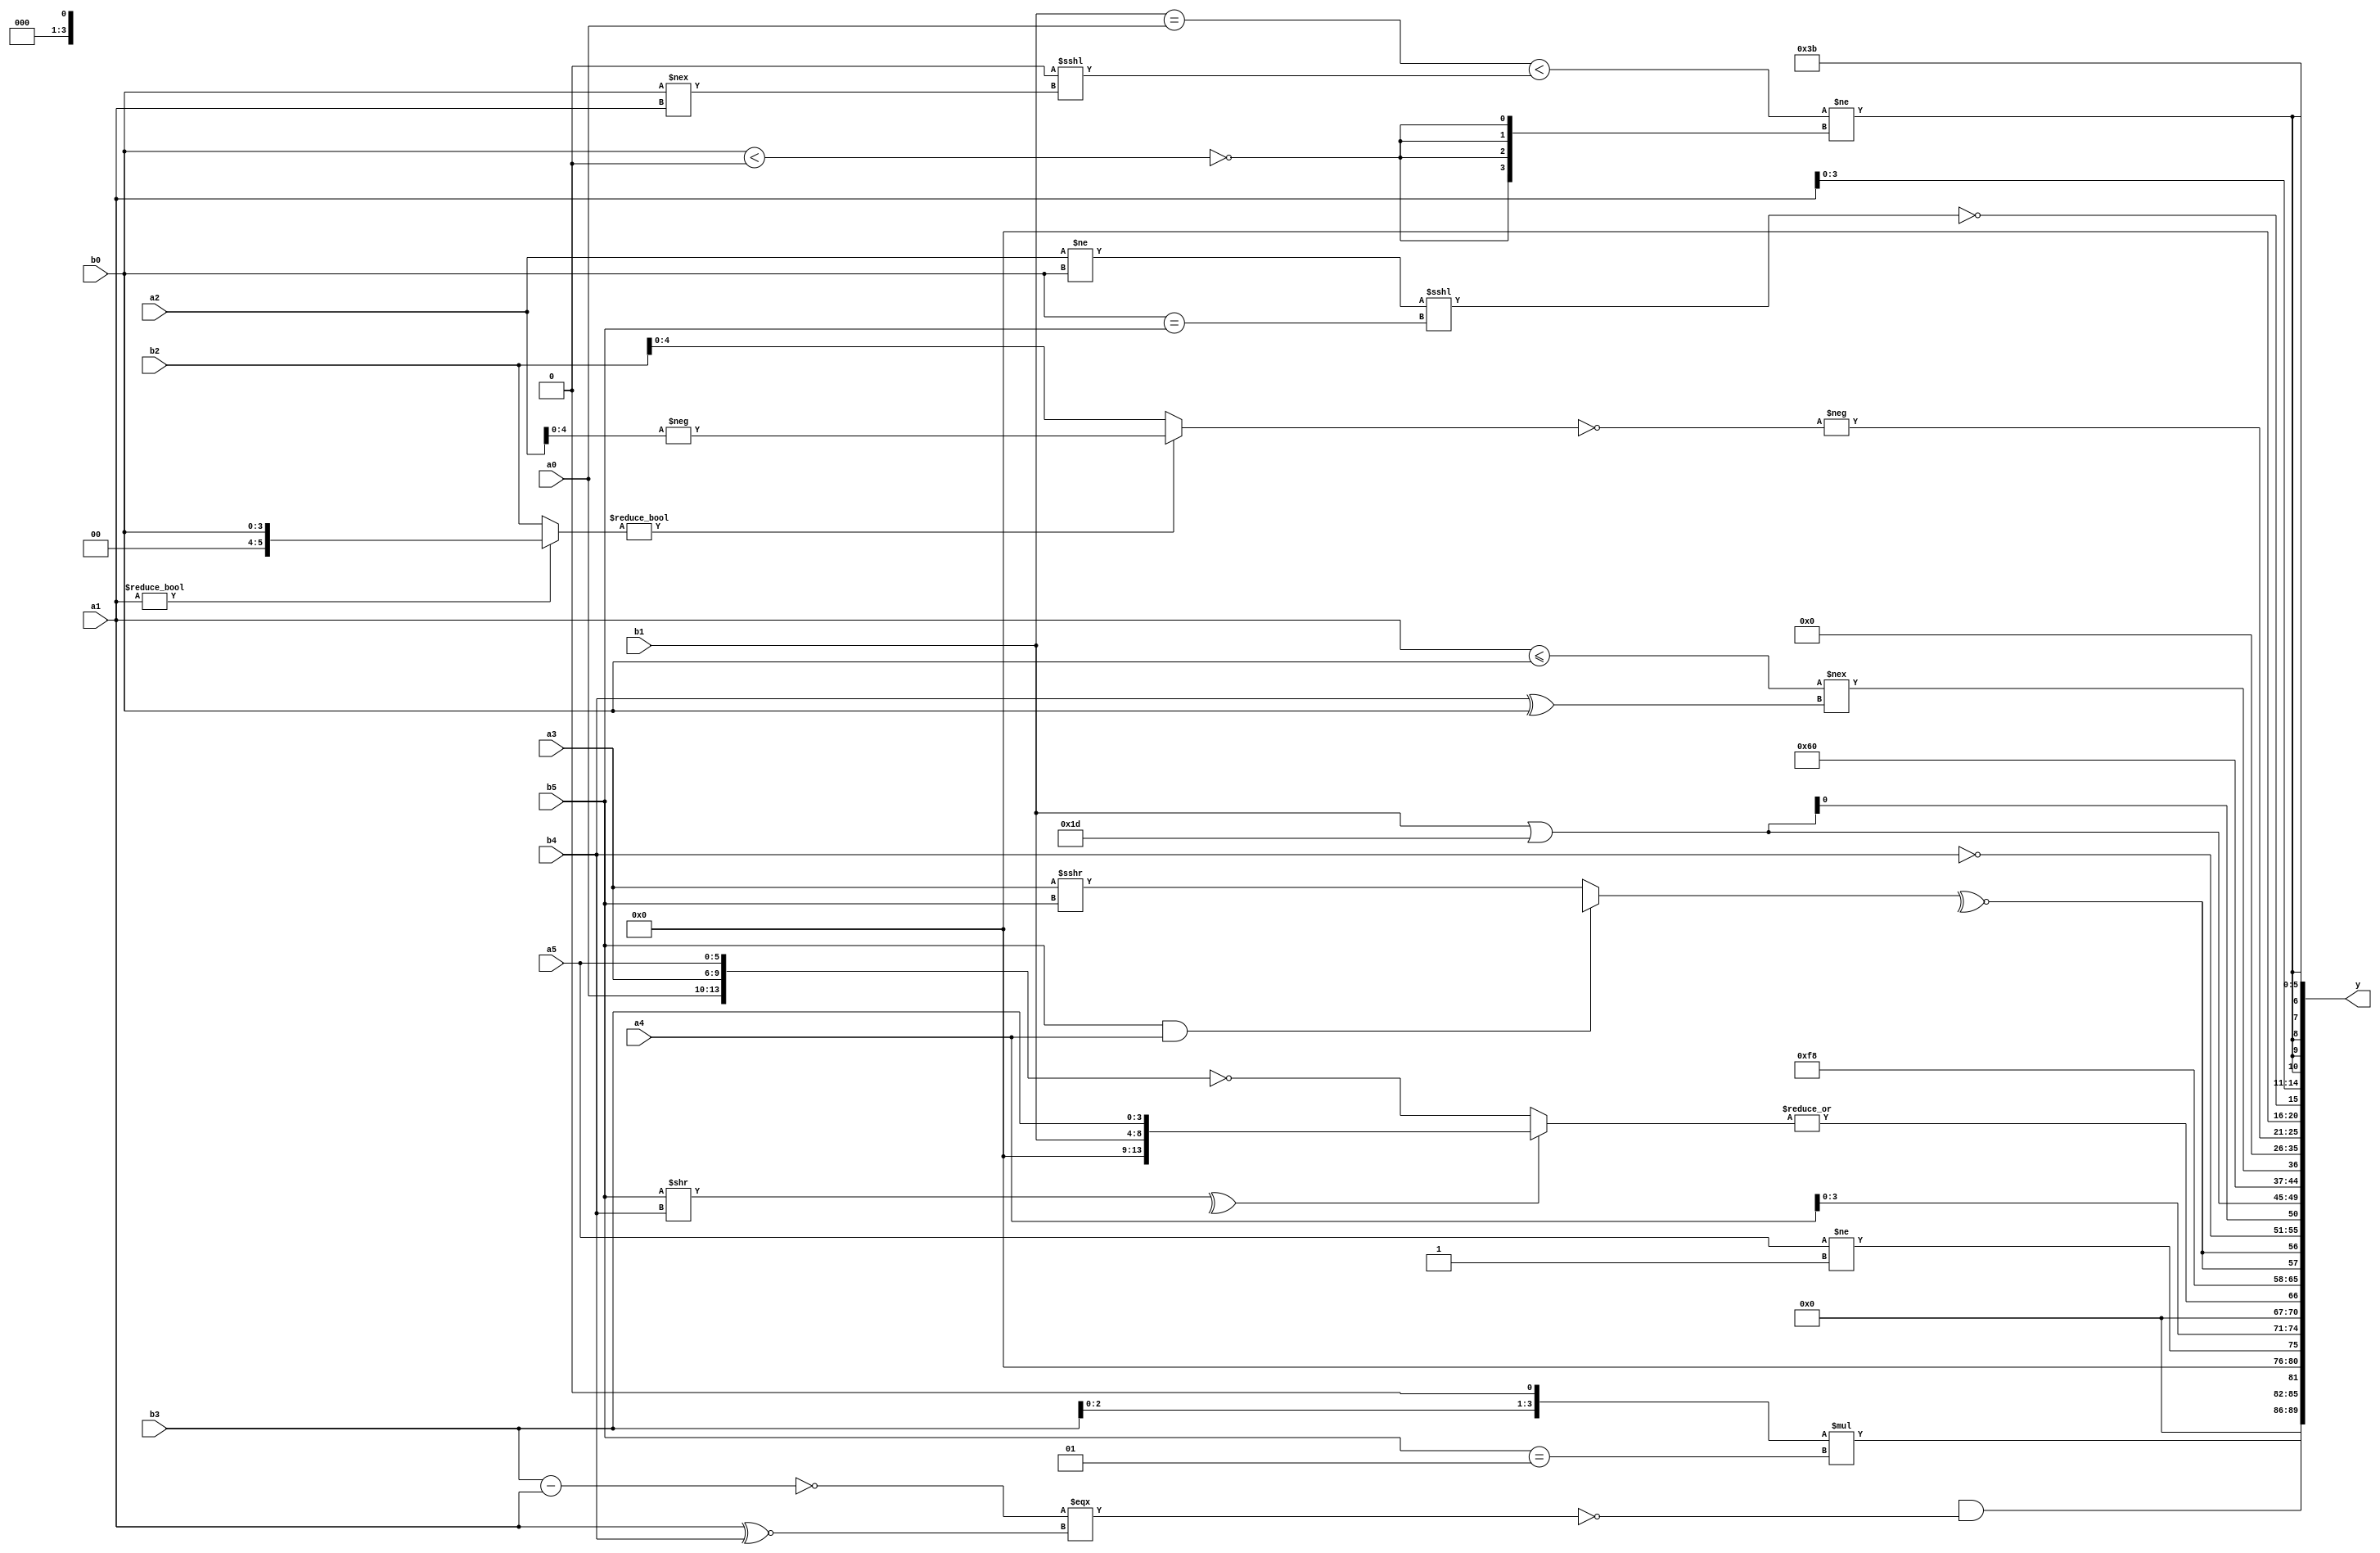
module expression_00550(a0, a1, a2, a3, a4, a5, b0, b1, b2, b3, b4, b5, y);
  input [3:0] a0;
  input [4:0] a1;
  input [5:0] a2;
  input signed [3:0] a3;
  input signed [4:0] a4;
  input signed [5:0] a5;

  input [3:0] b0;
  input [4:0] b1;
  input [5:0] b2;
  input signed [3:0] b3;
  input signed [4:0] b4;
  input signed [5:0] b5;

  wire [3:0] y0;
  wire [4:0] y1;
  wire [5:0] y2;
  wire signed [3:0] y3;
  wire signed [4:0] y4;
  wire signed [5:0] y5;
  wire [3:0] y6;
  wire [4:0] y7;
  wire [5:0] y8;
  wire signed [3:0] y9;
  wire signed [4:0] y10;
  wire signed [5:0] y11;
  wire [3:0] y12;
  wire [4:0] y13;
  wire [5:0] y14;
  wire signed [3:0] y15;
  wire signed [4:0] y16;
  wire signed [5:0] y17;

  output [89:0] y;
  assign y = {y0,y1,y2,y3,y4,y5,y6,y7,y8,y9,y10,y11,y12,y13,y14,y15,y16,y17};

  localparam [3:0] p0 = (((3'd6)?(5'sd6):(5'd10))?{(4'd14)}:((2'd1)?(5'sd12):(2'd0)));
  localparam [4:0] p1 = ((((2'd0)>(-2'sd0))>>((2'sd1)<<(3'sd2)))?(((3'd3)?(4'd4):(-5'sd15))&&{(5'sd14),(5'sd3),(4'd7)}):{(4'sd7),(4'sd6),(2'd3)});
  localparam [5:0] p2 = ((~^(2'd1))<<<(~(2'd3)));
  localparam signed [3:0] p3 = ({4{((-3'sd0)>(3'sd3))}}>((~((-4'sd7)&&(3'sd0)))!==((4'd13)^(4'sd6))));
  localparam signed [4:0] p4 = {3{((2'd0)>=(-5'sd11))}};
  localparam signed [5:0] p5 = ((-4'sd1)&(((2'd2)>>(3'sd3))>=((-2'sd0)===(4'd14))));
  localparam [3:0] p6 = ((((3'd0)?(5'd9):(3'd2))%(-2'sd0))-(4'sd3));
  localparam [4:0] p7 = {1{{1{{(((3'sd0)^(5'sd2))!={4{(5'd8)}}),(((5'd30)>>(2'd0))<<<{2{(3'd2)}})}}}}};
  localparam [5:0] p8 = (5'd2 * (-(^(3'd7))));
  localparam signed [3:0] p9 = ({3{(-3'sd3)}}<<{3{(2'd1)}});
  localparam signed [4:0] p10 = (((4'd2)<<<(4'sd7))>>{1{{4{(4'd3)}}}});
  localparam signed [5:0] p11 = ((~|((-4'sd6)>>(3'sd3)))!=={1{{1{(3'd1)}}}});
  localparam [3:0] p12 = ((~&(|(~|((2'd2)||(2'd3)))))<<<(~^((~|(5'd14))+((2'sd1)!=(-5'sd0)))));
  localparam [4:0] p13 = {{({2{(5'd8)}}?(~^(3'd3)):(~(-5'sd3)))},{{(-5'sd3),(2'd2),(5'd14)},(~&((5'sd13)?(5'sd4):(5'd19)))}};
  localparam [5:0] p14 = (~^(2'd3));
  localparam signed [3:0] p15 = (~|((!(2'd0))^~(|(5'sd2))));
  localparam signed [4:0] p16 = ((((-4'sd3)%(5'd7))||((5'd20)&(5'd27)))|(((-5'sd3)>>>(5'd22))+((5'd20)&&(4'd10))));
  localparam signed [5:0] p17 = {((+(4'd4))^(+(3'd7))),({(3'd7),(3'd3),(-5'sd8)}!=={2{(5'd11)}}),(!{3{(2'd0)}})};

  assign y0 = ((b3<<p11)*(b5==p5));
  assign y1 = (&(&(($signed((p17>=p6))>>>(p9>>p14))&&(~|((!(b3-a1))===((a1^~b4)))))));
  assign y2 = (a5!=p14);
  assign y3 = $unsigned($signed({1{a4}}));
  assign y4 = (|((^(b5>>b4))?{b1,b3}:(~{a0,a3,a5})));
  assign y5 = ($signed({3{p7}})-(2'd2));
  assign y6 = {2{(~^(+((b5&&a4)?(p6>a5):(a3>>>b5))))}};
  assign y7 = $unsigned($unsigned((~{1{(+b4)}})));
  assign y8 = {4{(b1|p13)}};
  assign y9 = {((b1!=p12)<(b3!==b2)),{(p11>p14),{3{p12}},(p1!=p5)},((p5+p6)&&{4{p2}})};
  assign y10 = (&((a1<=b0)!==(b4^b0)));
  assign y11 = {2{{{1{(p16?p9:p6)}}}}};
  assign y12 = (~^(|(+(~&(|(~|p5))))));
  assign y13 = (-(~((a1?b0:b2)?(-a2):(p11?b2:p13))));
  assign y14 = (!(+((a2!=b0)<<<(b0==b5))));
  assign y15 = ($unsigned($signed((3'sd0)))?$unsigned({2{(-5'sd14)}}):((4'd13)?{3{a1}}:(|p9)));
  assign y16 = $signed(((($unsigned(b1)=={1{a0}})<((p8^~p16)<<<(b0!==a1)))!={4{(~|(b0<p9))}}));
  assign y17 = {4{p1}};
endmodule